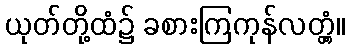
ယုတ်တို့ထံ၌ ခစားကြကုန်လတ္တံ့။